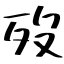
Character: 歿